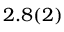
2 . 8 ( 2 )